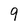
Character: 9